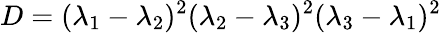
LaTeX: D=(\lambda_{1}-\lambda_{2})^{2}(\lambda_{2}-\lambda_{3})^{2}(\lambda_{3}-\lambda_{1})^{2}